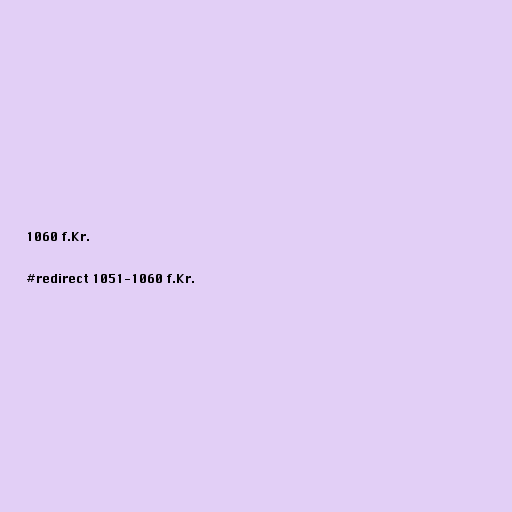
1060 f.Kr.

#redirect 1051-1060 f.Kr.